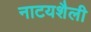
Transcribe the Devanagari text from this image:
नाटयशैली